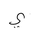
Letter: _ya